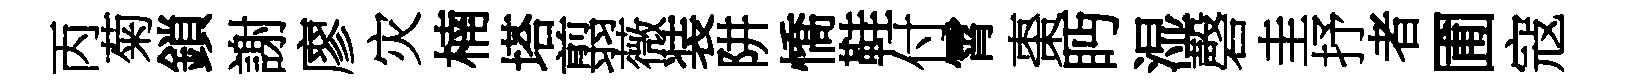
丙菊鎖謝廖灾楠塔翦薇装阱憍鞋付霄棗眄湿磬圭抒者圃寇